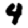
Digit: 4